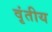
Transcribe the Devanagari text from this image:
वृंतीय